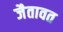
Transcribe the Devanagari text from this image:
जैतावत